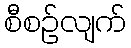
စီစဉ်လျက်